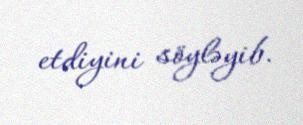
etdiyini söyləyib.